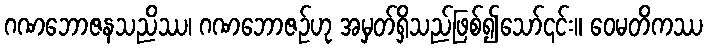
ဂဏဘောဇနသညိဿ၊ ဂဏဘောဇဉ်ဟု အမှတ်ရှိသည်ဖြစ်၍သော်၎င်း။ ဝေမတိကဿ